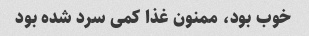
خوب بود، ممنون غذا کمی سرد شده بود